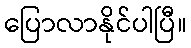
ပြောလာနိုင်ပါပြီ။